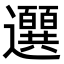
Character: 𫑖